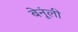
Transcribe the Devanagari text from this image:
बेनूंली